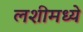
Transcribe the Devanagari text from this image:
लशीमध्ये